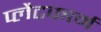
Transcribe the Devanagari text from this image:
प्‍लैटफार्म